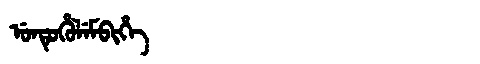
Manchu: ᡠᠨᡨᡠᡥᡠᠯᡝᠮᠪᡳᡥᡝ
Romanization: UNTUHULEMBIHE